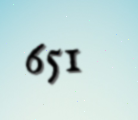
651